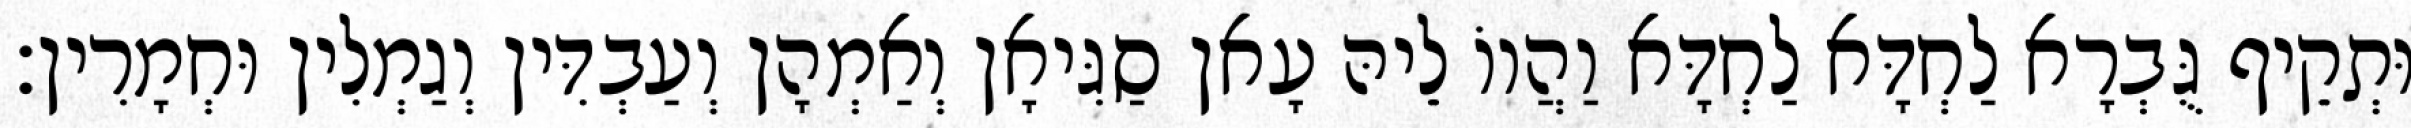
וּתְקֵיף גֻּבְרָא לַחְדָּא לַחְדָּא וַהֲווֹ לֵיהּ עָאן סַגִּיאָן וְאַמְהָן וְעַבְדִּין וְגַמְלִין וּחְמָרִין׃